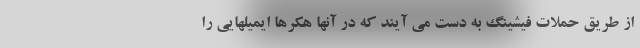
از طریق حملات فیشینگ به دست می آیند که در آنها هکرها ایمیلهایی را